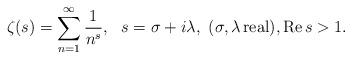
LaTeX: \begin{align*}\zeta(s) = \sum_{n=1}^{\infty} \frac{1}{n^{s}},\ \ s=\sigma + i\lambda,\ (\sigma,\lambda\,{\rm real}),{\rm Re}\,s>1.\end{align*}